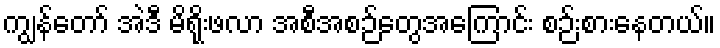
ကျွန်တော် အဲဒီ မိရိုးဖလာ အစီအစဉ်တွေအကြောင်း စဉ်းစားနေတယ်။